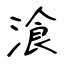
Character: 湌